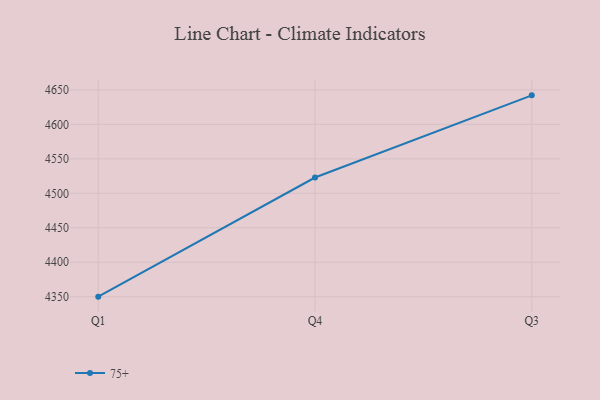
{"axis": {"x": "Quarter", "y": "Temperature (°C)"}, "legend": ["75+"], "data": [{"x": "Q1", "y": 4350.1, "type": "75+"}, {"x": "Q4", "y": 4522.9, "type": "75+"}, {"x": "Q3", "y": 4642.1, "type": "75+"}]}